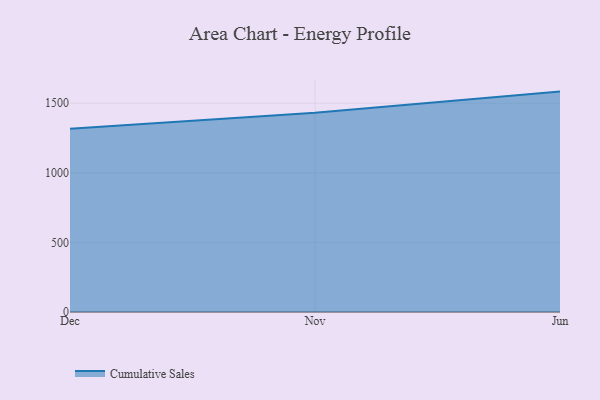
{"axis": {"x": "Month", "y": "Inventory Turnover"}, "legend": ["Cumulative Sales"], "data": [{"x": "Dec", "y": 1317.6, "type": "Cumulative Sales"}, {"x": "Nov", "y": 1431.0, "type": "Cumulative Sales"}, {"x": "Jun", "y": 1583.8, "type": "Cumulative Sales"}]}